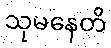
သုမနေတိ